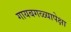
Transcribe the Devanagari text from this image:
गायबगळ्यापेक्षा